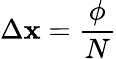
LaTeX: \Delta\mathbf{x}={\frac{{\phi}}{{N}}}